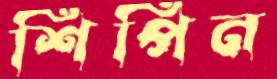
শিপিন